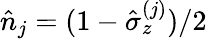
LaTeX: \hat{n}_{j}=(1-\hat{\sigma}_{z}^{(j)})/2